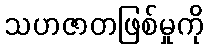
သဟဇာတဖြစ်မှုကို